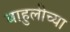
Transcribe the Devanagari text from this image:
बाहुलीच्या